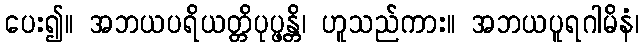
ပေး၍။ အဘယပရိယတ္တိပုပ္ဖန္တိ၊ ဟူသည်ကား။ အဘယပူရဂါမိနံ၊